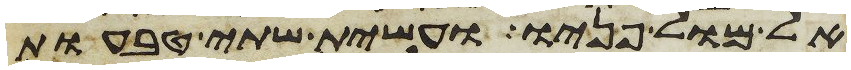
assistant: אל מול פניו ועשית שתי טבעות